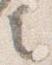
言